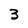
Character: 3